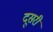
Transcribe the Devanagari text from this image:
दूसरी